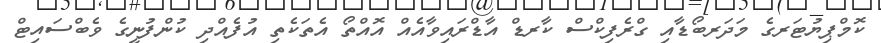
ކޮމްޕިޔުޓަރގެ މަދަރބޯޑާއި ގްރެފިކްސް ކާރޑް އާޑްރައިވާއެއް އޮއްތޯ އެތަކެތި އުފެއްދި ކުންފުނީގެ ވެބްސައިޓް